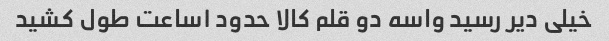
خیلی دیر رسید واسه دو قلم کالا حدود ۱ساعت طول کشید